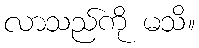
လာသည်ကို မသိ။